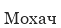
Мохач